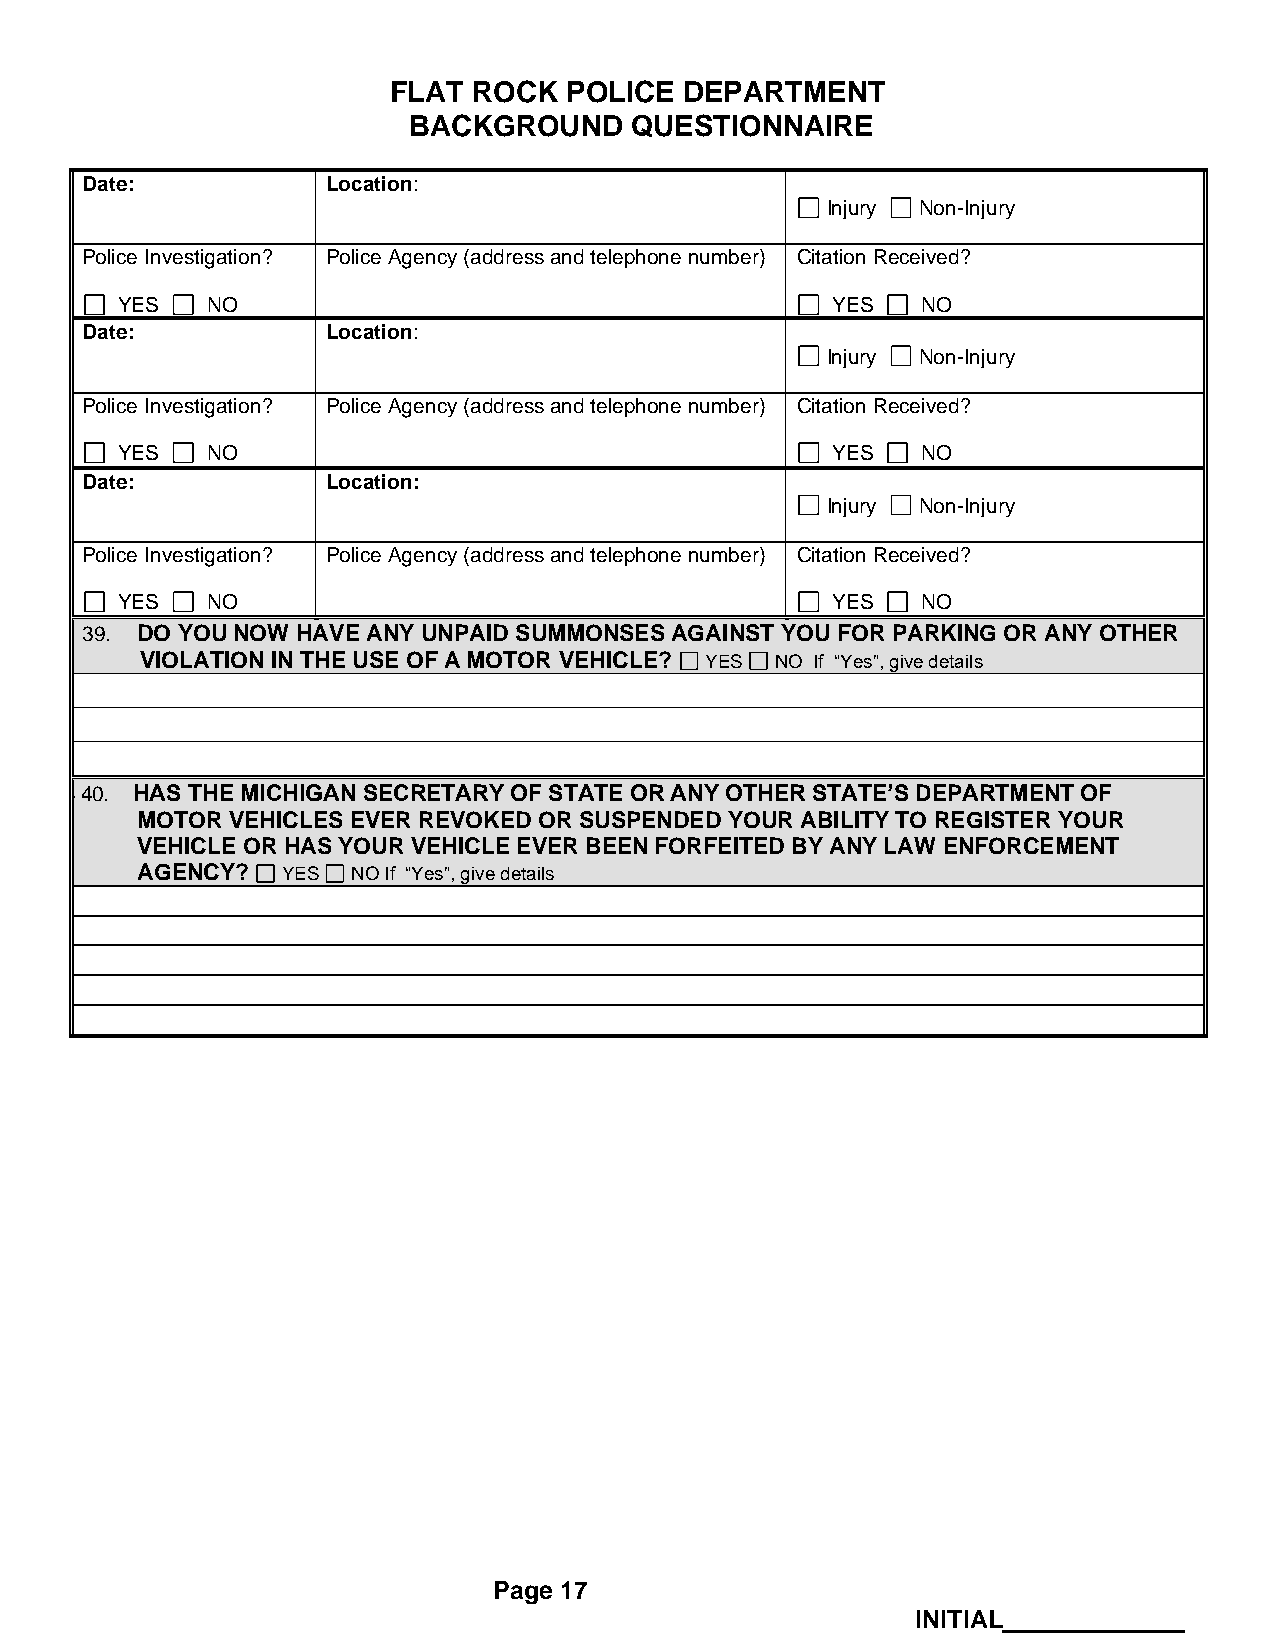
FLAT ROCK  POLICE  DEPARTMENT
 BACKGROUND     QUESTIONNAIRE
 Date:            Location:
 Injury Non-Injury
 Police Investigation? Police Agency (address and telephone number) Citation Received?
 YES   NO                                       YES   NO
 Date:            Location:
 Injury Non-Injury
 Police Investigation? Police Agency (address and telephone number) Citation Received?
 YES   NO                                       YES   NO
 Date:            Location:
 Injury Non-Injury
 Police Investigation? Police Agency (address and telephone number) Citation Received?
 YES   NO                                       YES   NO
 39. DO YOU NOW HAVE ANY UNPAID SUMMONSES AGAINST YOU FOR PARKING OR ANY OTHER
 VIOLATION IN THE USE OF A MOTOR VEHICLE? YES NO If “Yes”, give details
 4 40. HAS THE MICHIGAN SECRETARY OF STATE OR ANY OTHER STATE’S DEPARTMENT OF
 MOTOR VEHICLES EVER REVOKED OR SUSPENDED YOUR ABILITY TO REGISTER YOUR
 VEHICLE OR HAS YOUR VEHICLE EVER BEEN FORFEITED BY ANY LAW ENFORCEMENT
 AGENCY?   YES NO If “Yes”, give details
 Page 17
 INITIAL